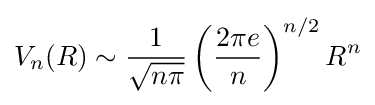
V_{n}(R)\sim {\frac {1}{\sqrt {n\pi }}}\left({\frac {2\pi e}{n}}\right)^{n/2}R^{n}